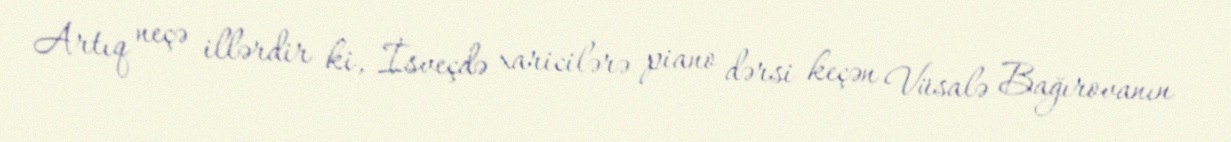
Artıq neçə illərdir ki, İsveçdə xaricilərə piano dərsi keçən Vüsalə Bağırovanın